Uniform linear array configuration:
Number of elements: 64
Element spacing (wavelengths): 0.75
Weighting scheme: blackman
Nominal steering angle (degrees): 15
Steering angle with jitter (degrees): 16.347
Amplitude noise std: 0.05
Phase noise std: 0.05

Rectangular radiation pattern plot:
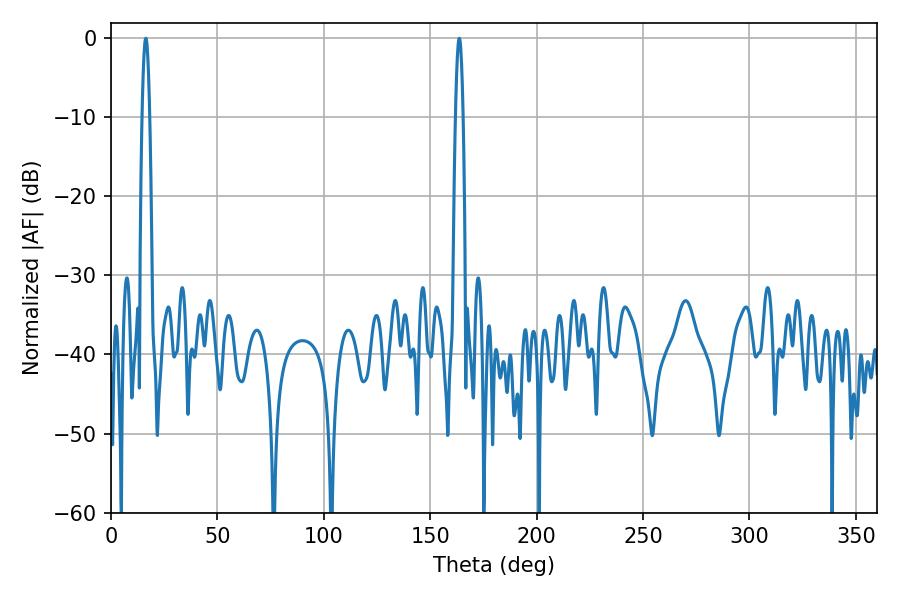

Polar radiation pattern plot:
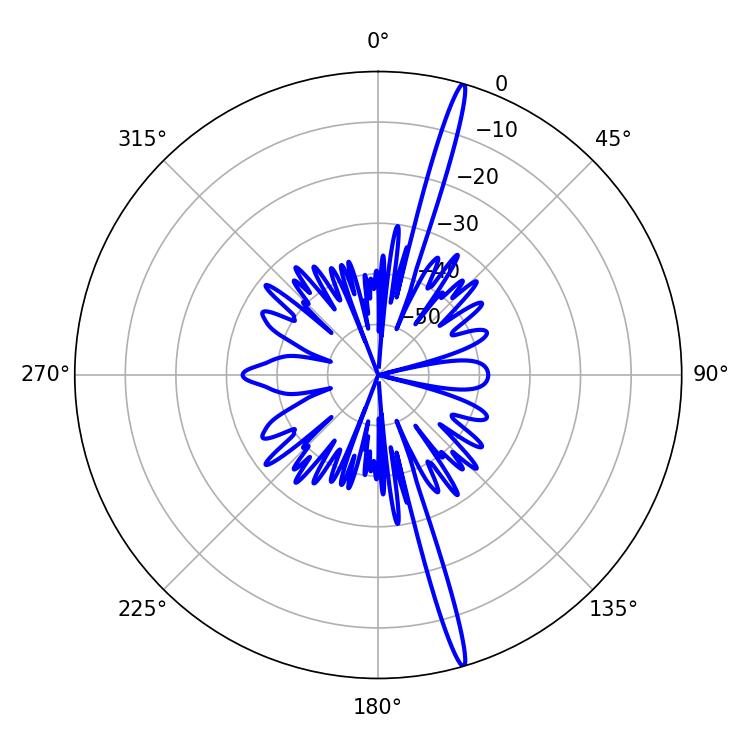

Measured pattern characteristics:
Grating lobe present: TRUE
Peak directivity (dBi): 19.747
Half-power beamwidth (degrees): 1.8
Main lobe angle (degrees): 16.38